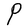
Character: P